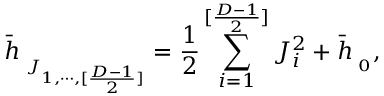
{ \bar { h } } _ { { \bf \Phi } _ { J _ { 1 , \cdots , [ { \frac { D - 1 } { 2 } } ] } } } = { \frac { 1 } { 2 } } \sum _ { i = 1 } ^ { [ { \frac { D - 1 } { 2 } } ] } J _ { i } ^ { 2 } + { \bar { h } } _ { { \bf \Phi } _ { 0 } } ,